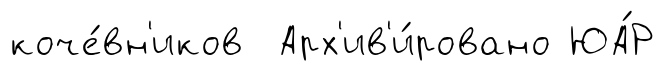
коче́вн'иков Арх'ив'и́ровано ЮА́Р